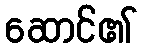
ဆောင်၏